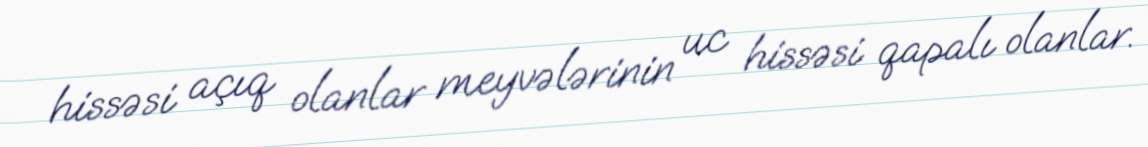
hissəsi açıq olanlar meyvələrinin uc hissəsi qapalı olanlar.